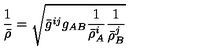
\frac { 1 } { \bar { \rho } } = \sqrt { \bar { g } ^ { i j } g _ { A B } \frac { 1 } { \bar { \rho } _ { A } ^ { i } } \frac { 1 } { \bar { \rho } _ { B } ^ { j } } }